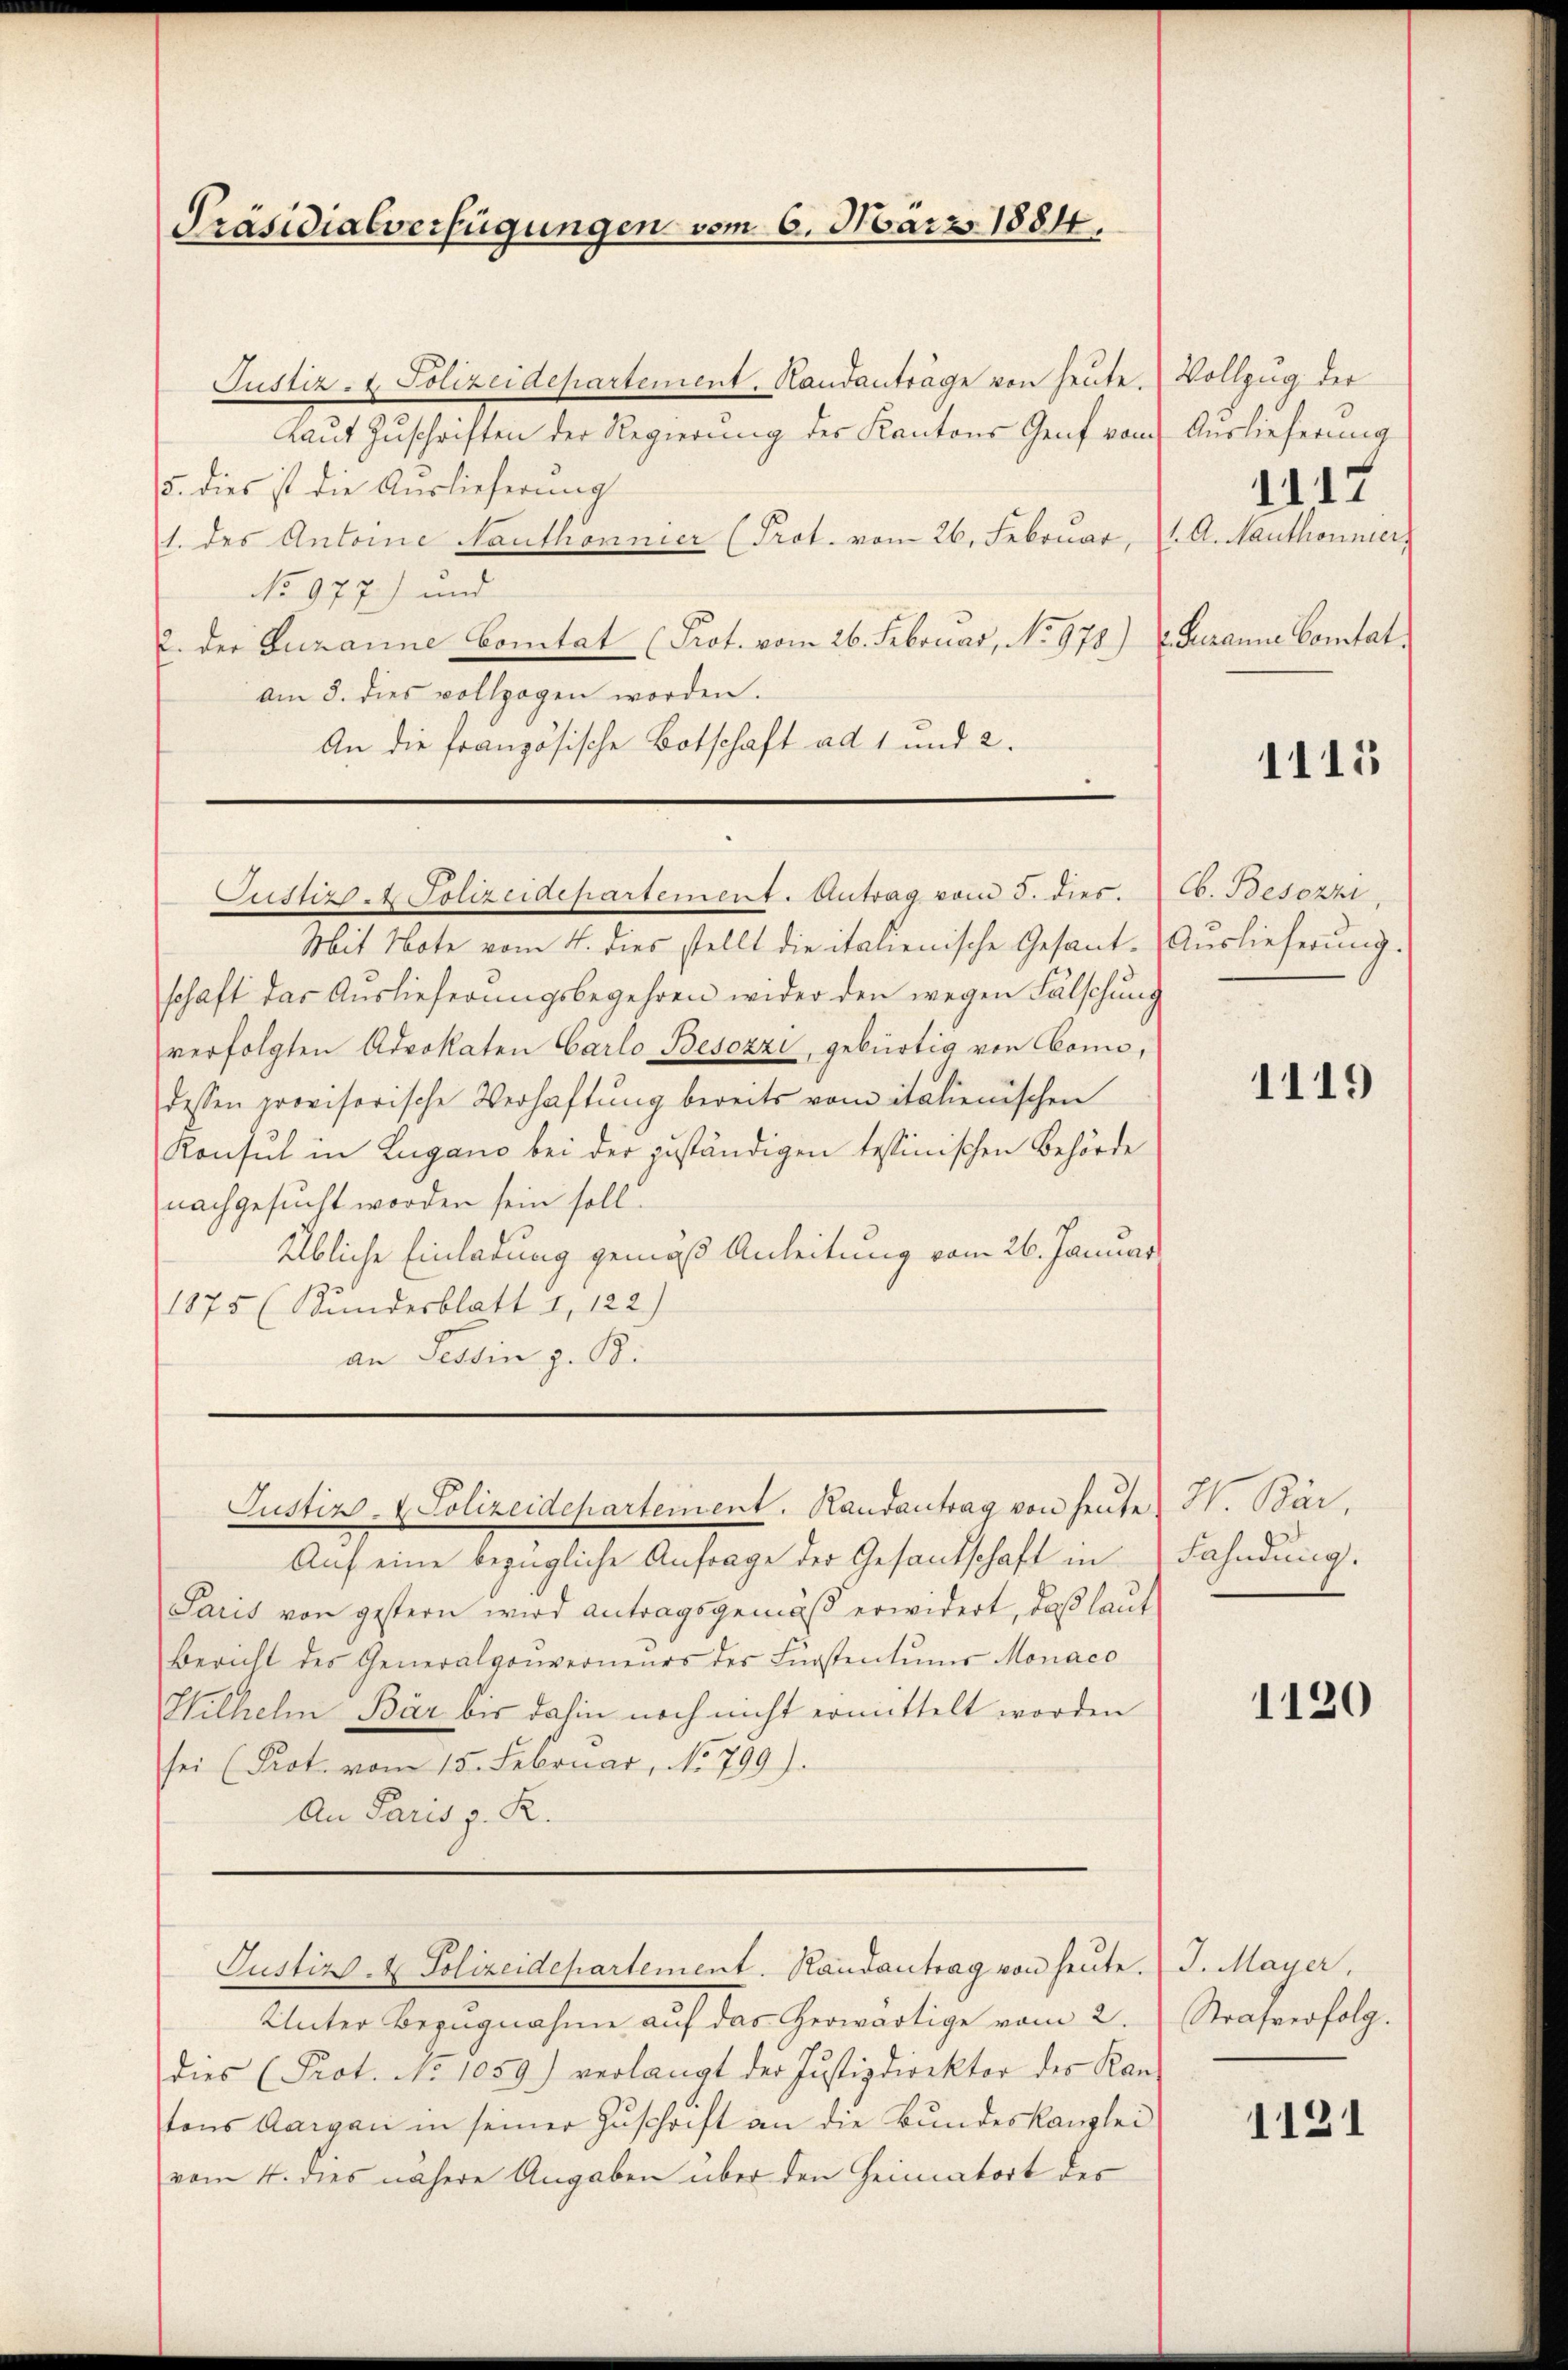
Präsidialverfügungen vom 6. März 1884.

Justiz- & Polizeidepartement, Randanträge von heute. Vollzug der
Laŭt Zŭschriften der Regierŭng des Kantons Genf vom Auslieferung
15. dies ist die Auslieferung
1. des Antoine Nauthonnier (Prot. vom 26. Februar, A. Mauthonier
No 977) und
u. der Turanne bonitat (Prot. vom 26. Februar, No 978) Susanne Comtatam 8. dies vollzogen worden.
An die französische Botschaft ad 1 und 2.

Justiz Polizeidepartement. Antrag vom 5. dies.

Mit Note vom 4. dies stellt die italienische Gesant-Auslieferung.
schaft das Auslieferungsbegehren wider den wegen Fälschung
verfolgten Advokaten Carlo Besozzi, gebürtig von coni,
dessen provisorische Verhaftung bereits vom italienischen
Konsul in Lugano bei der zuständigen testinischen Behörde
nachgesucht worden sein soll.
Übliche Einladung gemäß Anleitung vom 26. Januar
1875 (Kundesblatt 1, 122)
an Tessin z. B.

Justiz- & Polizeidepartement. Randantrag von heute

Auf eine bezügliche Anfrage der Gesandschaft in
Paris von gestern wird antragsgemäß erwidert, daß laut
Bericht des Generalgouverneurs des Fürstentums Monaco
Hilhelm Bär bis dahin noch nicht ermittelt worden
sei (Prot. vom 15. Februar, No 799).
An Paris p. R.

Unter Bezugnahme auf das herwärtige vom 2.
dies (Prot. No 1059) verlangt der Justizdirektor des Kan-
tons Aargau in seiner Zuschrift an die Bundeskanzlei
vom 4. dies nähere Angaben über den Heimatort des

Justiz. Polizeidepartement. Randantrag von heute. J. Mayer,

1117

1115

Cb. Besozzi,

1119

H. Bär,
Fahndung.

1120

Strafverfolg.

1121